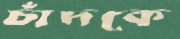
চাঁদকে